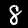
Label: 8